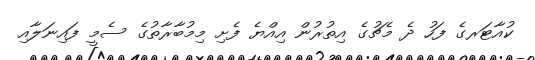
ކުއާޓަރގެ ފަހު ދެ މެޗުގެ އިތުރުން އިއްޔެ ފެށި މިމުބާރާތުގެ ސެމީ ފައިނަލާއި